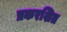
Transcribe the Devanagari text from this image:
प्रकरशित